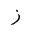
Letter: _zay